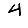
Digit: 4